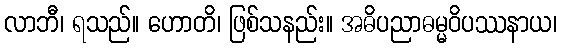
လာဘီ၊ ရသည်။ ဟောတိ၊ ဖြစ်သနည်း။ အဓိပညာဓမ္မဝိပဿနာယ၊